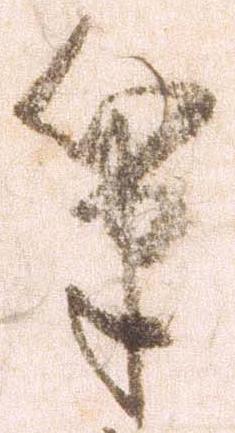
筆